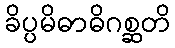
ခိပ္ပမိဓာဓိဂစ္ဆတိ